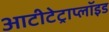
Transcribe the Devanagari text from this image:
आटीटेट्राप्लॉइड